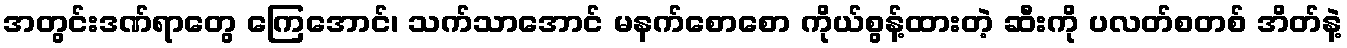
အတွင်းဒဏ်ရာတွေ ကြေအောင်၊ သက်သာအောင် မနက်စောစော ကိုယ်စွန့်ထားတဲ့ ဆီးကို ပလတ်စတစ် အိတ်နဲ့